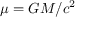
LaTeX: \mu = G M / c ^ { 2 }